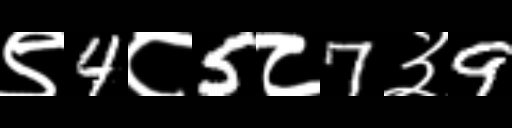
Text: ९4८5८7३9